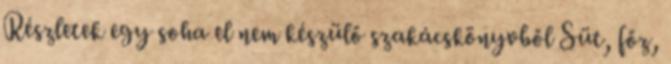
Részletek egy soha el nem készülő szakácskönyvből Süt, főz,